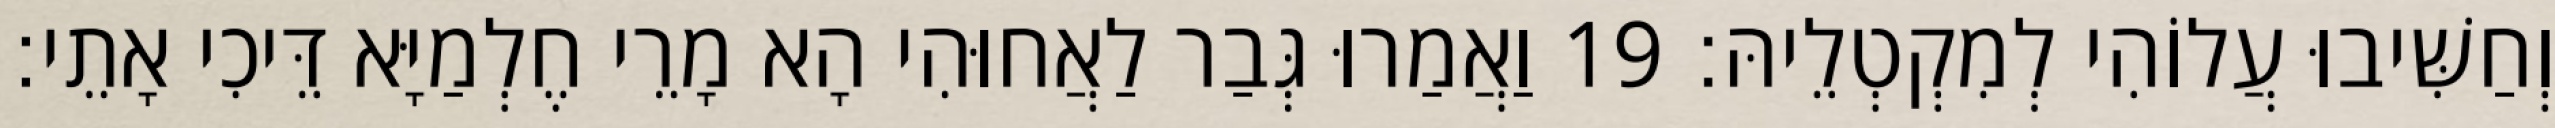
וְחַשִּׁיבוּ עֲלוֹהִי לְמִקְטְלֵיהּ׃ 19 וַאֲמַרוּ גְּבַר לַאֲחוּהִי הָא מָרֵי חֶלְמַיָּא דֵּיכִי אָתֵי׃